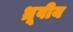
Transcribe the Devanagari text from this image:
ध्रूवीय